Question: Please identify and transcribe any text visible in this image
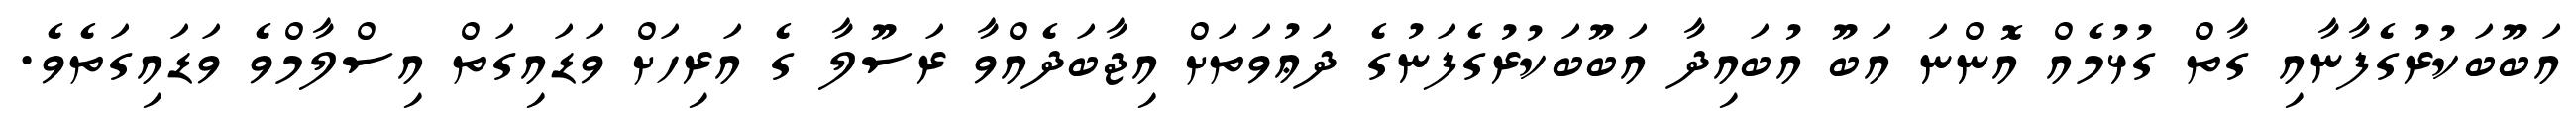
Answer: އަބޫބަކުރުގެފާނާއި ގާތް ގުޅުމެއް އޮންނަ އަބޫ އުބައިދާ އަބޫބަކުރުގެފަނުގެ ދަޢުވަތަށް އިޖާބަދެއްވާ ރަސޫލާ ގެ އަރިހަށް ވަޑައިގަތް އިސްލާމްވެ ވަޑައިގަތެވެ.